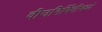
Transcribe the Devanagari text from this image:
वीजनिर्मितीमध्ये